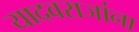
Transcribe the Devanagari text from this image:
यादवराजांना